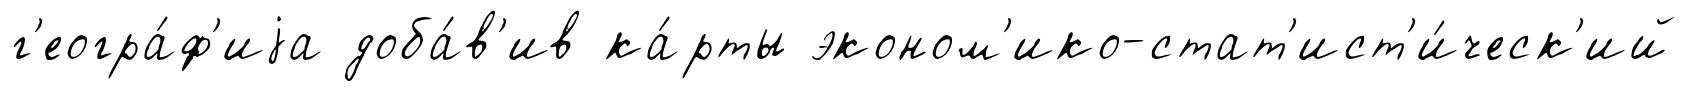
г'еогра́ф'иjа доба́в'ив ка́рты эконом'ико-стат'ист'и́ческ'ий